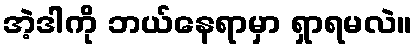
အဲ့ဒါကို ဘယ်နေရာမှာ ရှာရမလဲ။